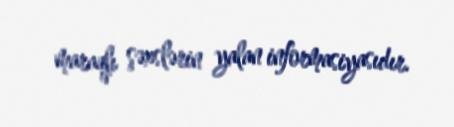
maraqlı şəxslərin yalan informasiyasıdır.